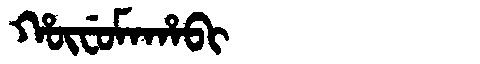
Manchu: ᡥᡡᠸᡠᠮᠠᡥᠠᠪᡳ
Romanization: HŪFUMAHABI